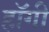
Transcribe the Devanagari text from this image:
हॉगी